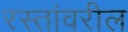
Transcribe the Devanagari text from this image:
रस्तांवरील